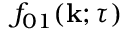
f _ { 0 1 } ( { \bf { k } } ; \tau )